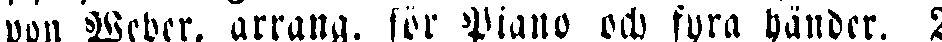
von Weber. arrang. för Piano och fyra händer. 2